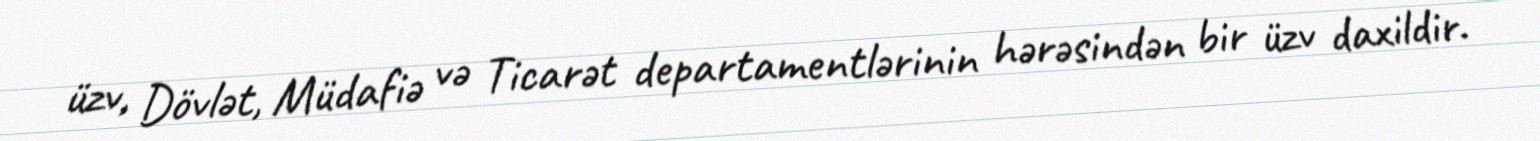
üzv, Dövlət, Müdafiə və Ticarət departamentlərinin hərəsindən bir üzv daxildir.